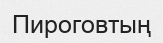
Пироговтың